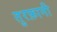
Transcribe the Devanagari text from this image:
तुरफ़ानी